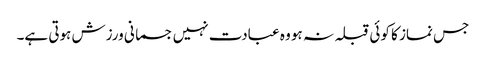
جس نماز کا کوئی قبلہ نہ ہو وہ عبادت نہیں جسمانی ورزش ہوتی ہے۔